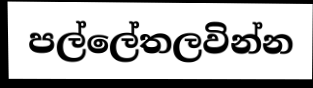
පල්ලේතලවින්න